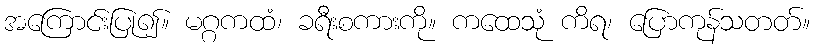
အကြောင်းပြု၍။ မဂ္ဂကထံ၊ ခရီးစကားကို။ ကထေသုံ ကိရ၊ ပြောကုန်သတတ်။